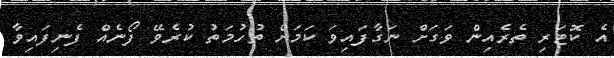
އެ ކޮޓަރި ތެރެއިން ވަގަށް ނަގާފައިވަ ކަމަށް ތުހުމަތު ކުރެވޭ ފޯނެއް ފެނިފައިވާ